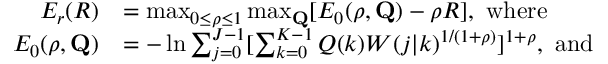
\begin{array} { r l } { E _ { r } ( R ) } & { = \operatorname* { m a x } _ { 0 \leq \rho \leq 1 } \operatorname* { m a x } _ { \mathbf { Q } } [ E _ { 0 } ( \rho , \mathbf { Q } ) - \rho R ] , \mathrm { ~ w h e r e } } \\ { E _ { 0 } ( \rho , \mathbf { Q } ) } & { = - \ln \sum _ { j = 0 } ^ { J - 1 } [ \sum _ { k = 0 } ^ { K - 1 } Q ( k ) W ( j | k ) ^ { 1 / ( 1 + \rho ) } ] ^ { 1 + \rho } , \mathrm { ~ a n d ~ } } \end{array}